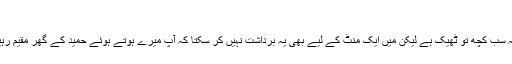
‘‘
’’یہ سب کچھ تو ٹھیک ہے لیکن میں ایک منٹ کے لیے بھی یہ برداشت نہیں کر سکتا کہ آپ میرے ہوتے ہوئے حمید کے گھر مقیم رہیں۔